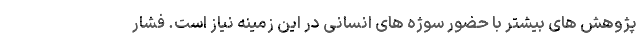
پژوهش های بیشتر با حضور سوژه های انسانی در این زمینه نیاز است. فشار